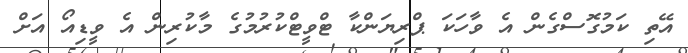
އޭތި ކަމުގޮސްގެން އެ ވާހަކަ ޕްރިޔަންކާ ޓްވީޓްކުރުމުގެ މާކުރިން އެ ވީޑިއޯ އަށް